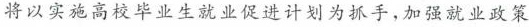
将以实施高校毕业生就业促进计划为抓手，加强就业政策